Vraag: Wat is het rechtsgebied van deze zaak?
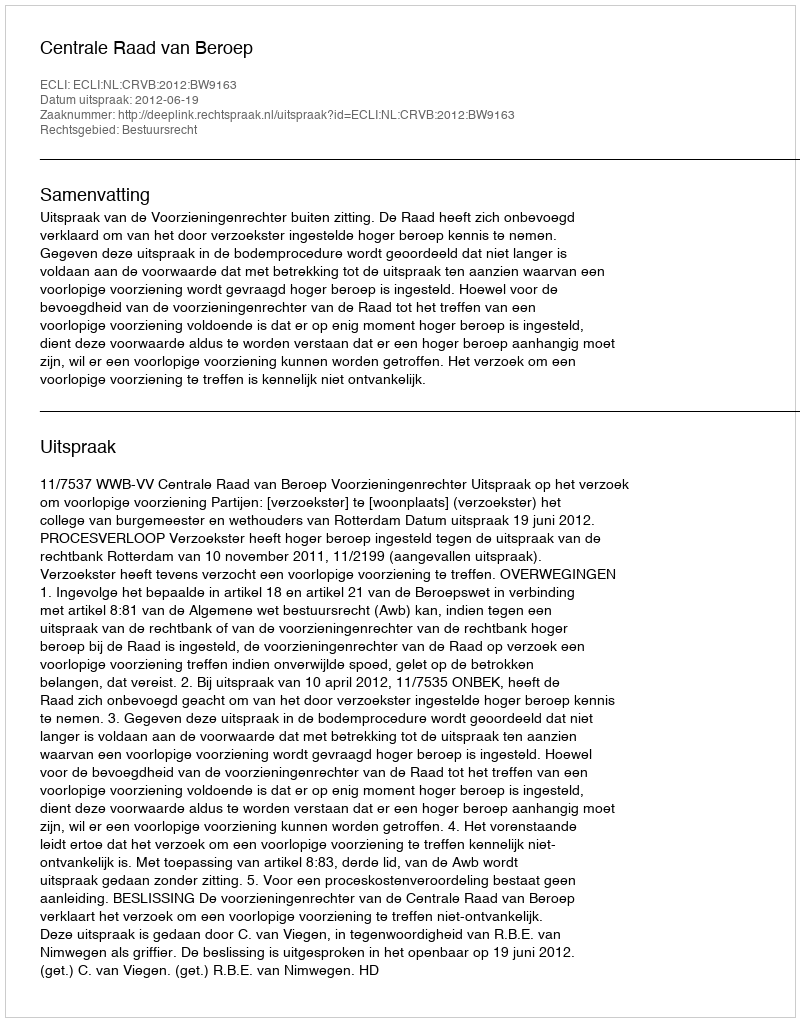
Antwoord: Bestuursrecht